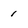
Character: i